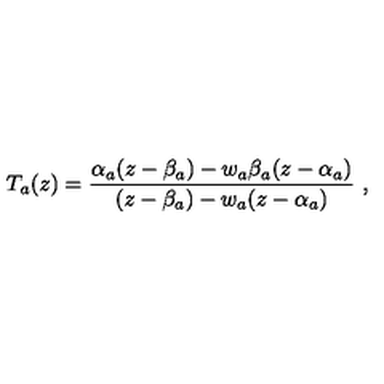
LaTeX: T _ { a } ( z ) = \frac { \alpha _ { a } ( z - \beta _ { a } ) - w _ { a } \beta _ { a } ( z - \alpha _ { a } ) } { ( z - \beta _ { a } ) - w _ { a } ( z - \alpha _ { a } ) } \ ,